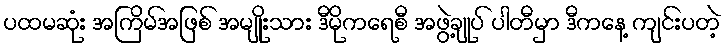
ပထမဆုံး အကြိမ်အဖြစ် အမျိုးသား ဒီမိုကရေစီ အဖွဲ့ချုပ် ပါတီမှာ ဒီကနေ့ ကျင်းပတဲ့